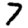
Digit: 7